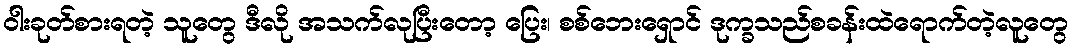
ဝါးခုတ်စားရတဲ့ သူတွေ ဒီလို အသက်လုပြီးတော့ ပြေး၊ စစ်ဘေးရှောင် ဒုက္ခသည်စခန်းထဲရောက်တဲ့လူတွေ